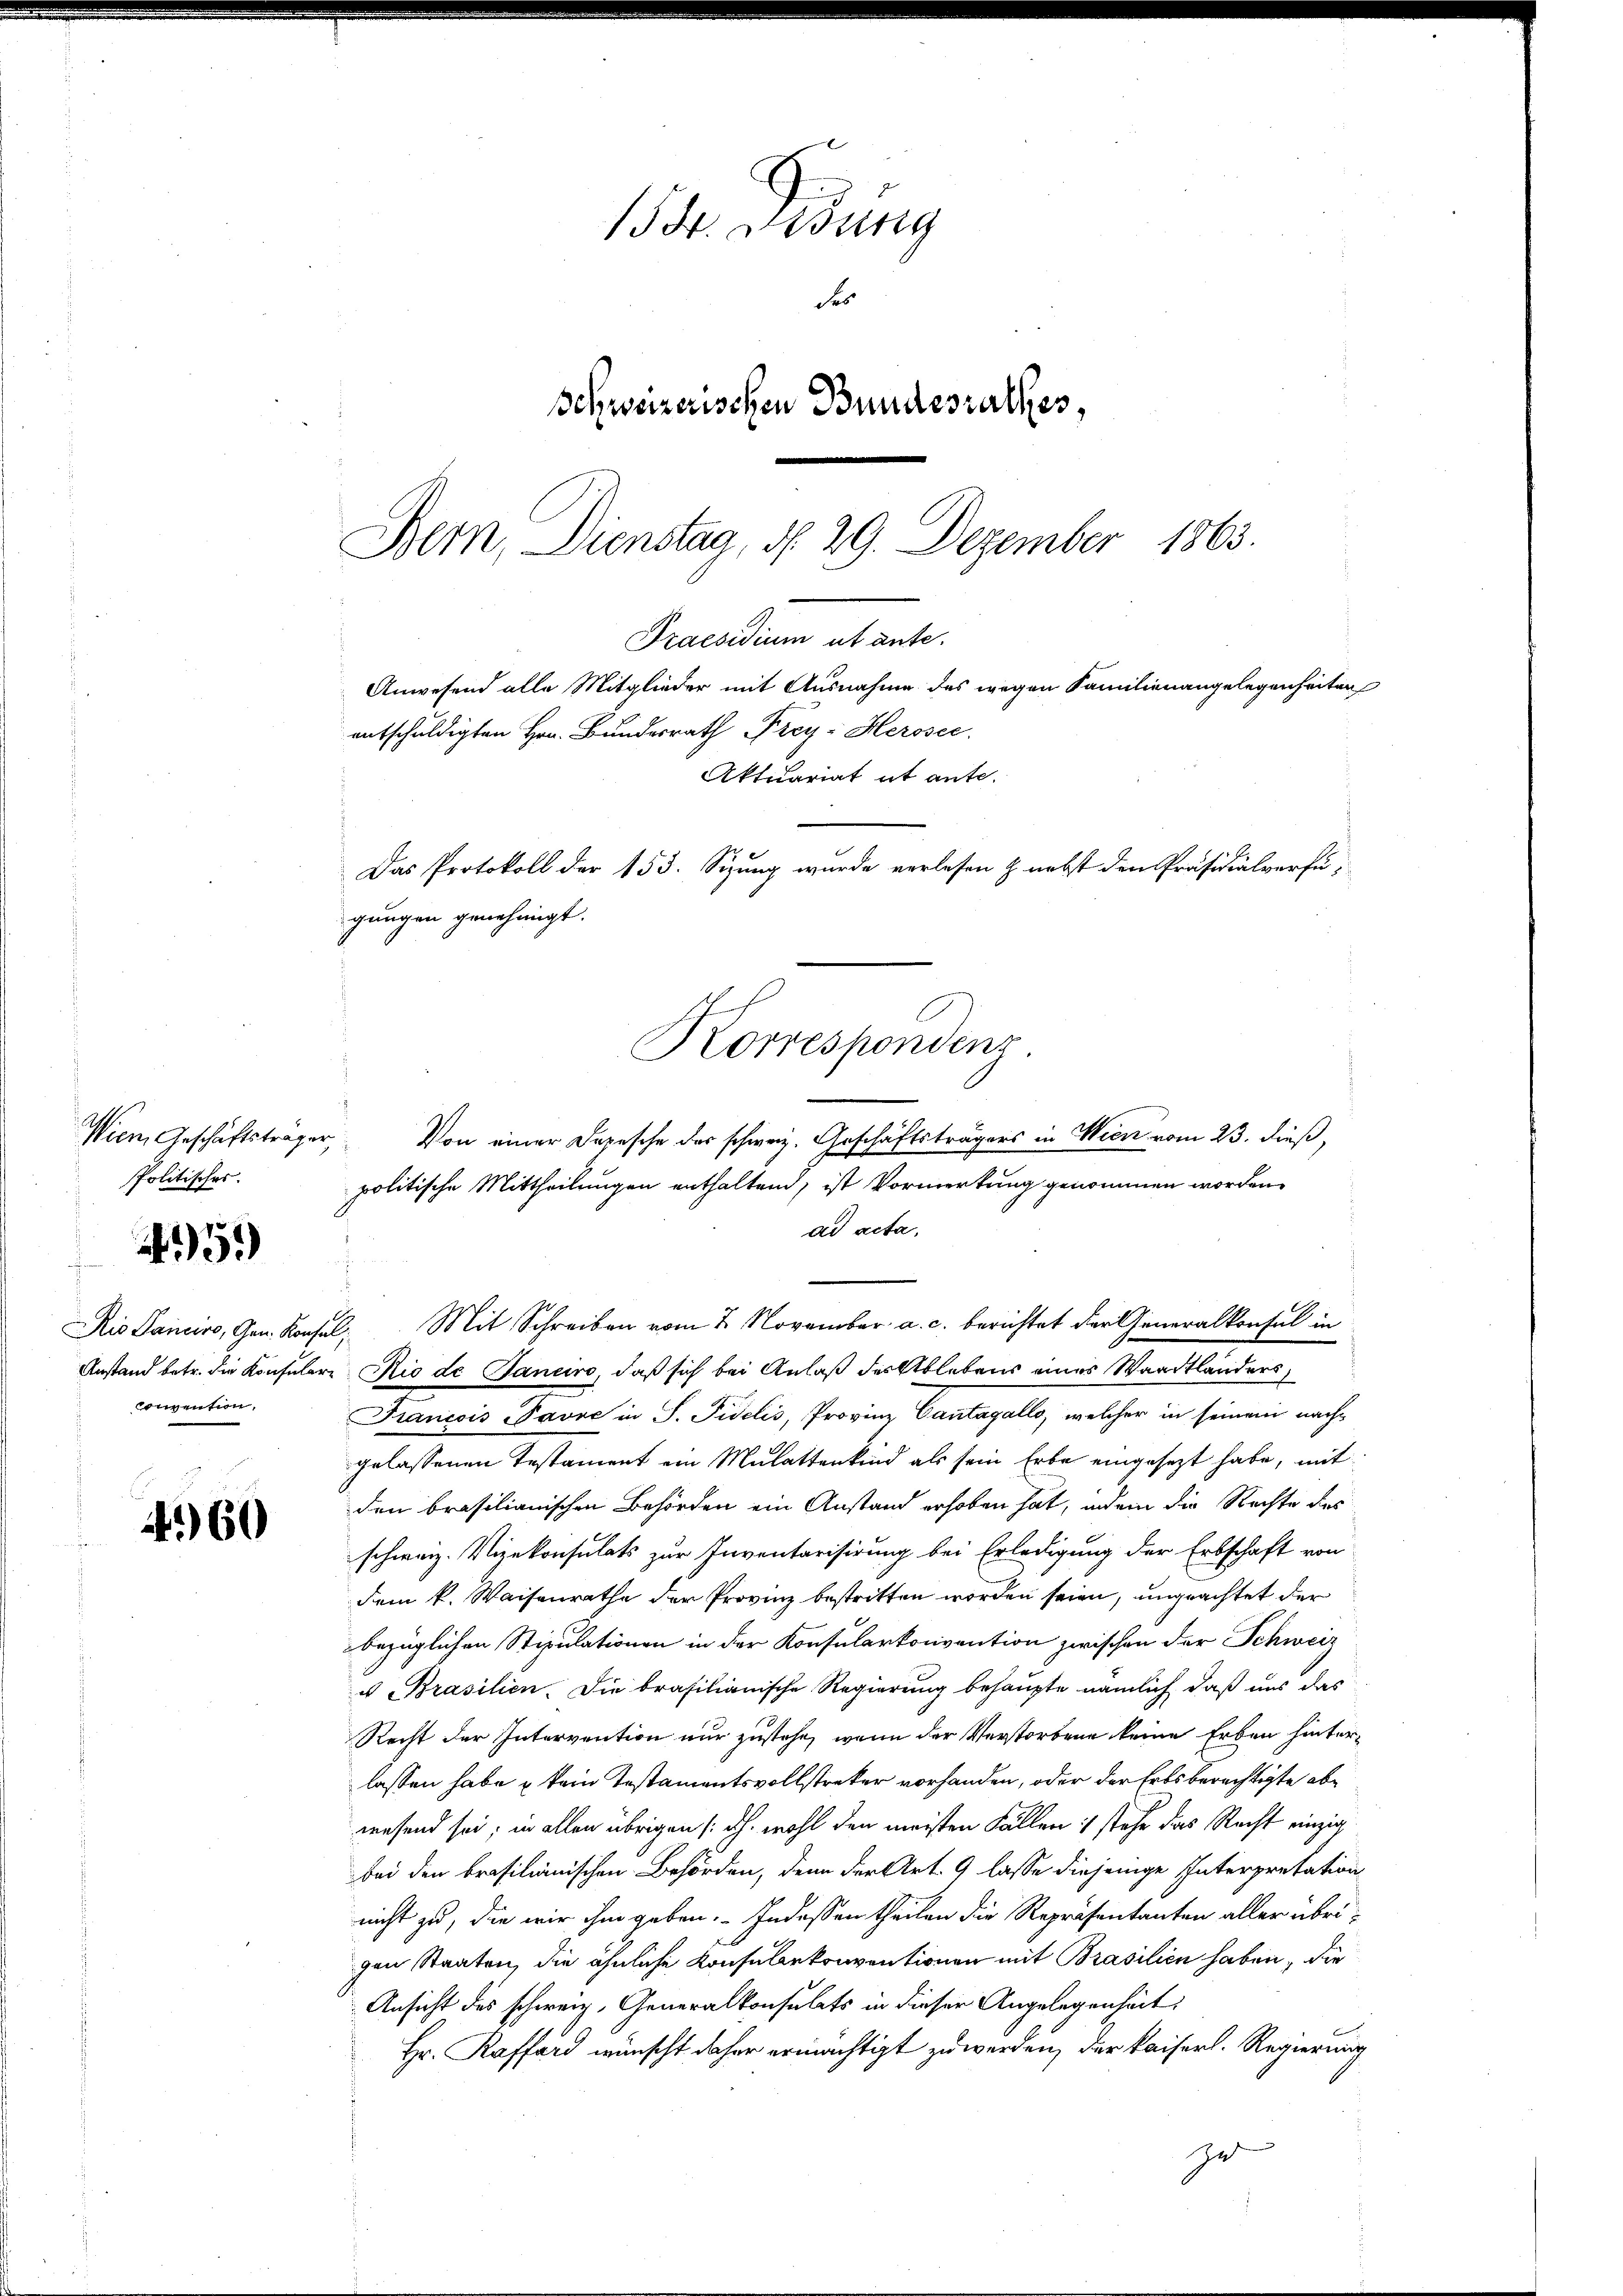
Wien, Geschäftsträger
Politisches.

convention,

459

4960

155. Diesung
des
Schweizerischen Bundesrathes,
Bern Dienstag, d. 29. Dezember 1863.

Anwesend alle Mitglieder mit Ausnahme des wegen Familienangelegenheiten
entschuldigten Hrn. Bundesrath Frey-Herosec.
Aktuariat it ante.
Das Protokoll der 153. Sizung wurde verlesen & nebst den Präsidialverfügungen genehmigt.
Korrespondenz.
Von einer Depesche des schweiz. Geschäftsträgers in Wien vom 23. dieß,

Praesidium ut ante.

politische Mittheilungen enthaltend, ist Vormerkung genommen worden.
ad acta,
Ris Sancire, Gen. Konsel, Mit Schreiben vom 2. November a. c. berichtet der Generalkonsul in
Anstand betr. die Konsulare Rio de Janeiro, daß sich bei Anlaß des Ablebens eines Waadtländers,
Fiancois Favre in S. Fidelis, Provinz Cantagalls, welcher in seinem nachgelassenen Testament ein Mulattenkind als sein Erbe eingesezt habe, mit
den brasilianischen Behörden ein Anstand erhoben hat, indem die Rechte des
schweiz. Vizekonsulats zur Inventarisirung bei Erledigung der Erbschaft von
dem k. Waisenrathe der Provinz bestritten worden seien, ungeachtet der
bezüglichen Stipulationen in der Konsularkonvention zwischen der Schweiz
u Brasilien. Die brasilianische Regierung behaupte nämlich, daß uns das
Recht der Intervention nur zustehe, wenn der Verstorbene keine Erben hinterlassen habe u kein Testamentsvollstreker vorhanden, oder der Erbsberechtigte abwesend sei; in allen übrigen /: dh. wohl den meisten Fällen stehe das Recht einzig
bei den brasilianischen Behörden, denn der Art. 9 lasse diejenige Interpretation
nicht zu, die wir ihm geben. Indessen theilen die Repräsentanten aller übrigen Staaten, die ähnliche Konsulekonventionen mit Brasilien haben, die
Ansicht des schweiz. Generalkonsulats in dieser Angelegenheit
Hr. Raffard wünscht daher ermächtigt zu werden, der kaiserl. Regierung
ze